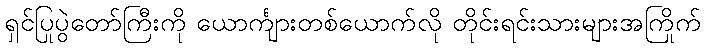
ရှင်ပြုပွဲတော်ကြီးကို ယောင်္ကျားတစ်ယောက်လို တိုင်းရင်းသားများအကြိုက်